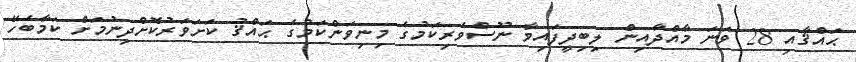
ޙައްޤާއި 28 ވަނަ މާއްދާއިން ލިބިދީފައިވާ ނޫސްވެރިކަމުގެ މިނިވަންކަމުގެ ޙައްޤު ކަށަވަރުކޮށްދިނުމަށް ކަމާބެހޭ